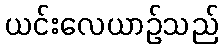
ယင်းလေယာဉ်သည်